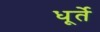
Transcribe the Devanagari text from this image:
धूर्ते